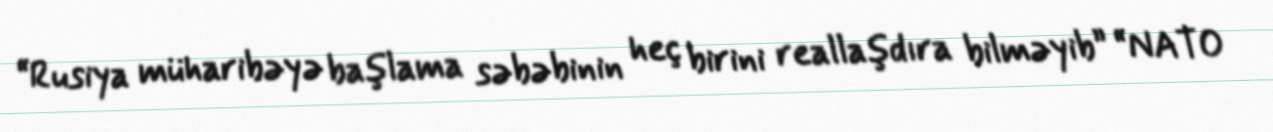
“Rusiya müharibəyə başlama səbəbinin heç birini reallaşdıra bilməyib” “NATO